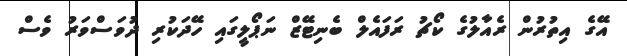
އޭގެ އިތުރުން ރެއާލުގެ ކޯޗު ރަފައެލް ބެނިޓޭޒް ނަޕޯލީގައި ހޭދަކުރި ދުވަސްވަރު ވެސް